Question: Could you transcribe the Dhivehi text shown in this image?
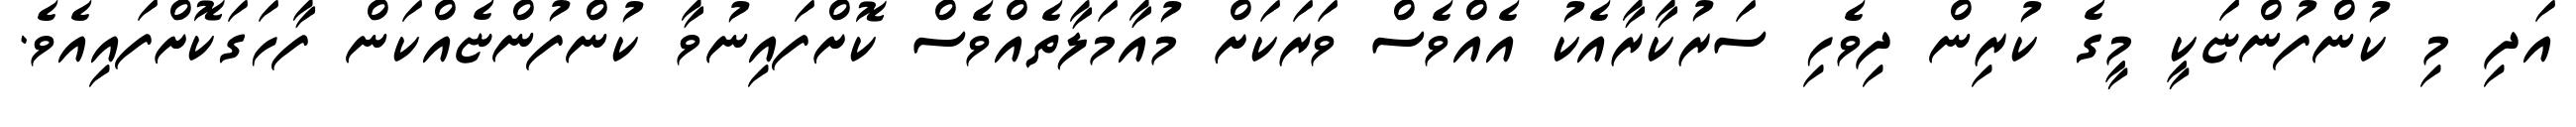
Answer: އަދި މި ކުންފުންޏަކީ މީގެ ކުރިން ދިވެހި ސަރުކާރާއެކު އެއްވެސް ވަރަކަށް މުއާމަލާތެއްވެސް ކޮށްފައިނުވާ ކުންފުންޏެއްކަން ފާހަގަކޮށްފައިއެވެ.